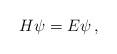
LaTeX: \begin{align*} H\psi=E\psi\,,\end{align*}